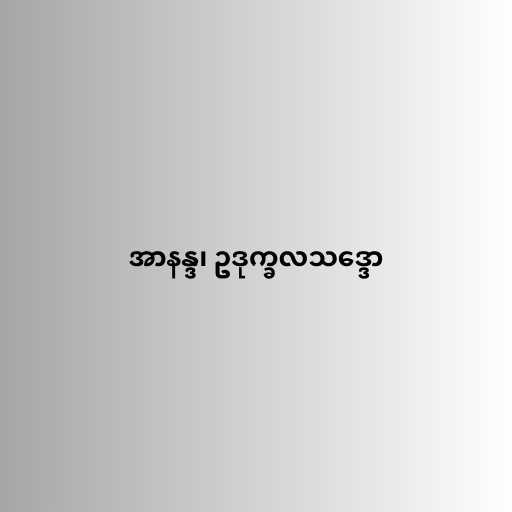
အာနန္ဒ၊ ဥဒုက္ခလသဒ္ဒော